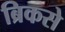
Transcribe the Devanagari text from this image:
ब्रिकसे